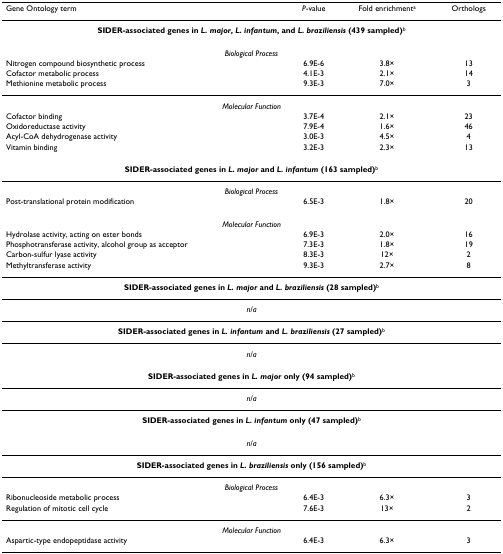
<table><thead><tr><td><b>Gene Ontology term</b></td><td><b><i>P</i>-value</b></td><td><b>Fold enrichment<sup>a</sup></b></td><td><b>Orthologs</b></td></tr></thead><tbody><tr><td colspan="4"><b>SIDER-associated genes in <i>L. major</i>, <i>L. infantum</i>, and <i>L. braziliensis </i>(439 sampled)</b><sup>b</sup></td></tr><tr><td colspan="4"><i>Biological Process</i></td></tr><tr><td>Nitrogen compound biosynthetic process</td><td>6.9E-6</td><td>3.8×</td><td>13</td></tr><tr><td>Cofactor metabolic process</td><td>4.1E-3</td><td>2.1×</td><td>14</td></tr><tr><td>Methionine metabolic process</td><td>9.3E-3</td><td>7.0×</td><td>3</td></tr><tr><td colspan="4"><i>Molecular Function</i></td></tr><tr><td>Cofactor binding</td><td>3.7E-4</td><td>2.1×</td><td>23</td></tr><tr><td>Oxidoreductase activity</td><td>7.9E-4</td><td>1.6×</td><td>46</td></tr><tr><td>Acyl-CoA dehydrogenase activity</td><td>3.0E-3</td><td>4.5×</td><td>4</td></tr><tr><td>Vitamin binding</td><td>3.2E-3</td><td>2.3×</td><td>13</td></tr><tr><td colspan="4"><b>SIDER-associated genes in <i>L. major </i>and <i>L. infantum </i>(163 sampled)</b><sup>b</sup></td></tr><tr><td colspan="4"><i>Biological Process</i></td></tr><tr><td>Post-translational protein modification</td><td>6.5E-3</td><td>1.8×</td><td>20</td></tr><tr><td colspan="4"><i>Molecular Function</i></td></tr><tr><td>Hydrolase activity, acting on ester bonds</td><td>6.9E-3</td><td>2.0×</td><td>16</td></tr><tr><td>Phosphotransferase activity, alcohol group as acceptor</td><td>7.3E-3</td><td>1.8×</td><td>19</td></tr><tr><td>Carbon-sulfur lyase activity</td><td>8.3E-3</td><td>12×</td><td>2</td></tr><tr><td>Methyltransferase activity</td><td>9.3E-3</td><td>2.7×</td><td>8</td></tr><tr><td colspan="4"><b>SIDER-associated genes in <i>L. major </i>and <i>L. braziliensis </i>(28 sampled)</b><sup>b</sup></td></tr><tr><td colspan="4"><i>n/a</i></td></tr><tr><td colspan="4"><b>SIDER-associated genes in <i>L. infantum </i>and <i>L. braziliensis </i>(27 sampled)</b><sup>b</sup></td></tr><tr><td colspan="4"><i>n/a</i></td></tr><tr><td colspan="4"><b>SIDER-associated genes in <i>L. major </i>only (94 sampled)</b><sup>b</sup></td></tr><tr><td colspan="4"><i>n/a</i></td></tr><tr><td colspan="4"><b>SIDER-associated genes in <i>L. infantum </i>only (47 sampled)</b><sup>b</sup></td></tr><tr><td colspan="4"><i>n/a</i></td></tr><tr><td colspan="4"><b>SIDER-associated genes in <i>L. braziliensis </i>only (156 sampled)</b><sup>b</sup></td></tr><tr><td colspan="4"><i>Biological Process</i></td></tr><tr><td>Ribonucleoside metabolic process</td><td>6.4E-3</td><td>6.3×</td><td>3</td></tr><tr><td>Regulation of mitotic cell cycle</td><td>7.6E-3</td><td>13×</td><td>2</td></tr><tr><td colspan="4"><i>Molecular Function</i></td></tr><tr><td>Aspartic-type endopeptidase activity</td><td>6.4E-3</td><td>6.3×</td><td>3</td></tr></tbody></table>